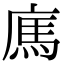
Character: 𢉿